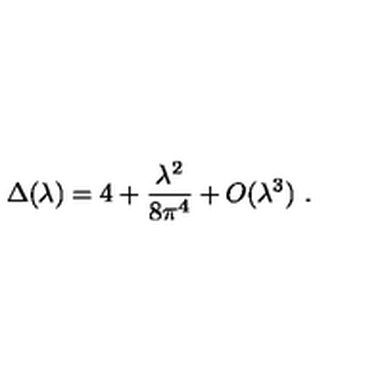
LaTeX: \Delta ( \lambda ) = 4 + { \frac { \lambda ^ { 2 } } { 8 \pi ^ { 4 } } } + O ( \lambda ^ { 3 } ) \ .